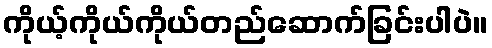
ကိုယ့်ကိုယ်ကိုယ်တည်ဆောက်ခြင်းပါပဲ။